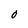
Character: O